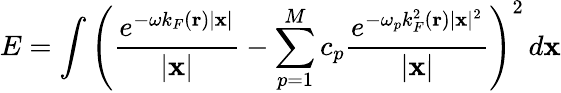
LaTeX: E=\int\left(\frac{e^{-\omega k_{F}(\mathbf{r})|\mathbf{x}|}}{|\mathbf{x}|}-\displaystyle\sum_{p=1}^{M}c_{p}\frac{e^{-\omega_{p}k_{F}^{2}(\mathbf{r})|\mathbf{x}|^{2}}}{|\mathbf{x}|}\right)^{2}\, d\mathbf{x}